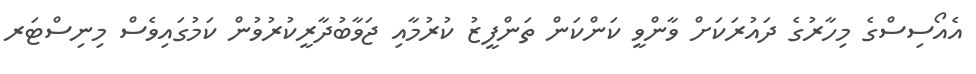
އެއޯސިސްގެ މިހާރުގެ ދައުރަކަށް ވާންވީ ކަންކަން ތަންފީޒު ކުރުމާއި ޖަވާބުދާރީކުރުވުން ކަމުގައިވެސް މިނިސްޓަރ